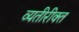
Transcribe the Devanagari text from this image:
व्यतीरीक्त